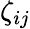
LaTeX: \zeta_{ij}